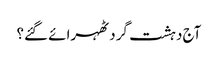
آج دہشت گرد ٹھہرائے گئے؟